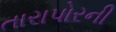
તારાપોરની